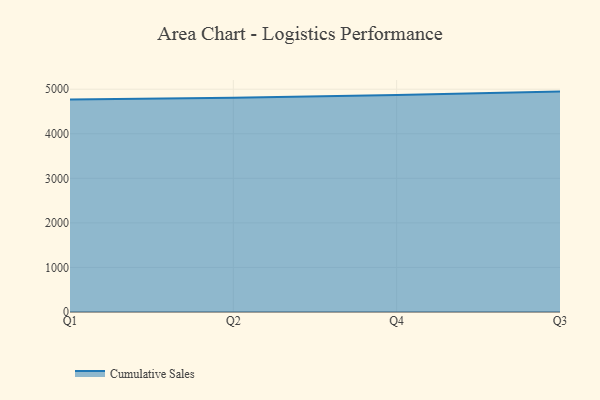
{"axis": {"x": "Quarter", "y": "Population (Million)"}, "legend": ["Cumulative Sales"], "data": [{"x": "Q1", "y": 4768.1, "type": "Cumulative Sales"}, {"x": "Q2", "y": 4805.9, "type": "Cumulative Sales"}, {"x": "Q4", "y": 4869.3, "type": "Cumulative Sales"}, {"x": "Q3", "y": 4946.0, "type": "Cumulative Sales"}]}